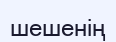
шешенің